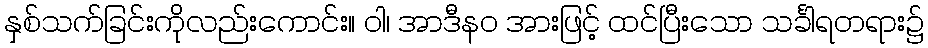
နှစ်သက်ခြင်းကိုလည်းကောင်း။ ဝါ၊ အာဒီနဝ အားဖြင့် ထင်ပြီးသော သင်္ခါရတရား၌